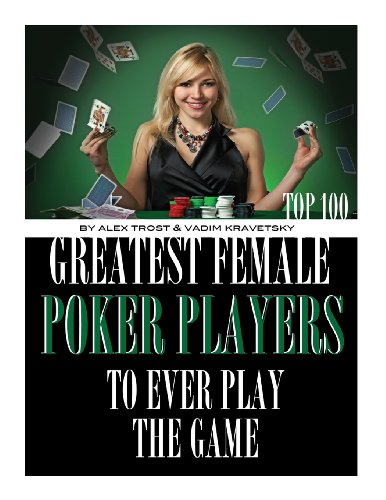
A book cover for Greatest Female Poker Players to Ever Play the Game: Top 100; Alex Trost; Sports & Outdoors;